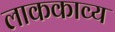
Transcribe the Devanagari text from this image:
लाककाव्य